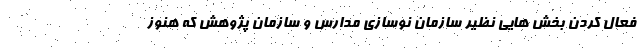
فعال کردن بخش هایی نظیر سازمان نوسازی مدارس و سازمان پژوهش که هنوز